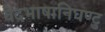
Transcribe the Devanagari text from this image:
वेदभाषानिघण्टु